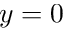
y = 0